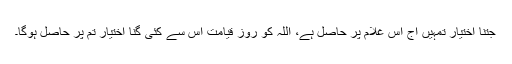
جتنا اختیار تمہیں آج اس غلام پر حاصل ہے، اللہ کو روزِ قیامت اس سے کئی گنا اختیار تم پر حاصل ہوگا۔